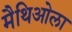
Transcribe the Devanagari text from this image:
मैथिओला